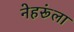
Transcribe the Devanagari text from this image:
नेहरूंला